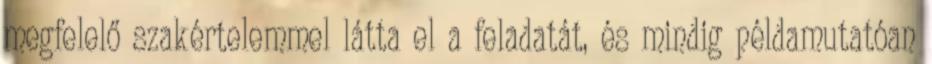
megfelelő szakértelemmel látta el a feladatát, és mindig példamutatóan